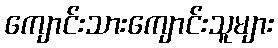
ကျောင်းသားကျောင်းသူများ